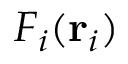
F _ { i } ( \mathbf { r } _ { i } )